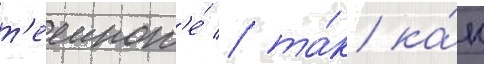
т'емнот'е́ / та́к ка́к